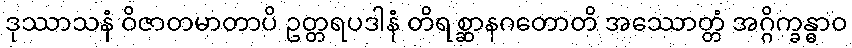
ဒုဿာသနံ ဝိဇာတမာတာပိ ဥတ္တရပဒါနံ တိရစ္ဆာနဂတောတိ အဿောတ္တံ အဂ္ဂိက္ခန္ဓာဝ